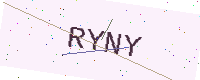
Text: RYNY